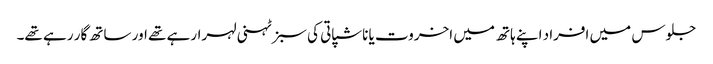
جلوس میں افراد اپنے ہاتھ میں اخروت یا ناشپاتی کی سبز ٹہنی لہرارہے تھے اور ساتھ گار رہے تھے۔